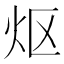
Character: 𬉼